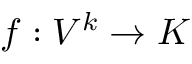
f : V ^ { k } \to K